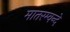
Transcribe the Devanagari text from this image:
मातरम्वन्दे